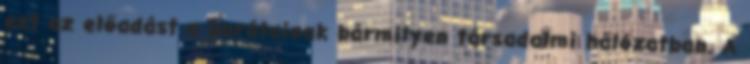
ezt az előadást a barátainak bármilyen társadalmi hálózatban. A